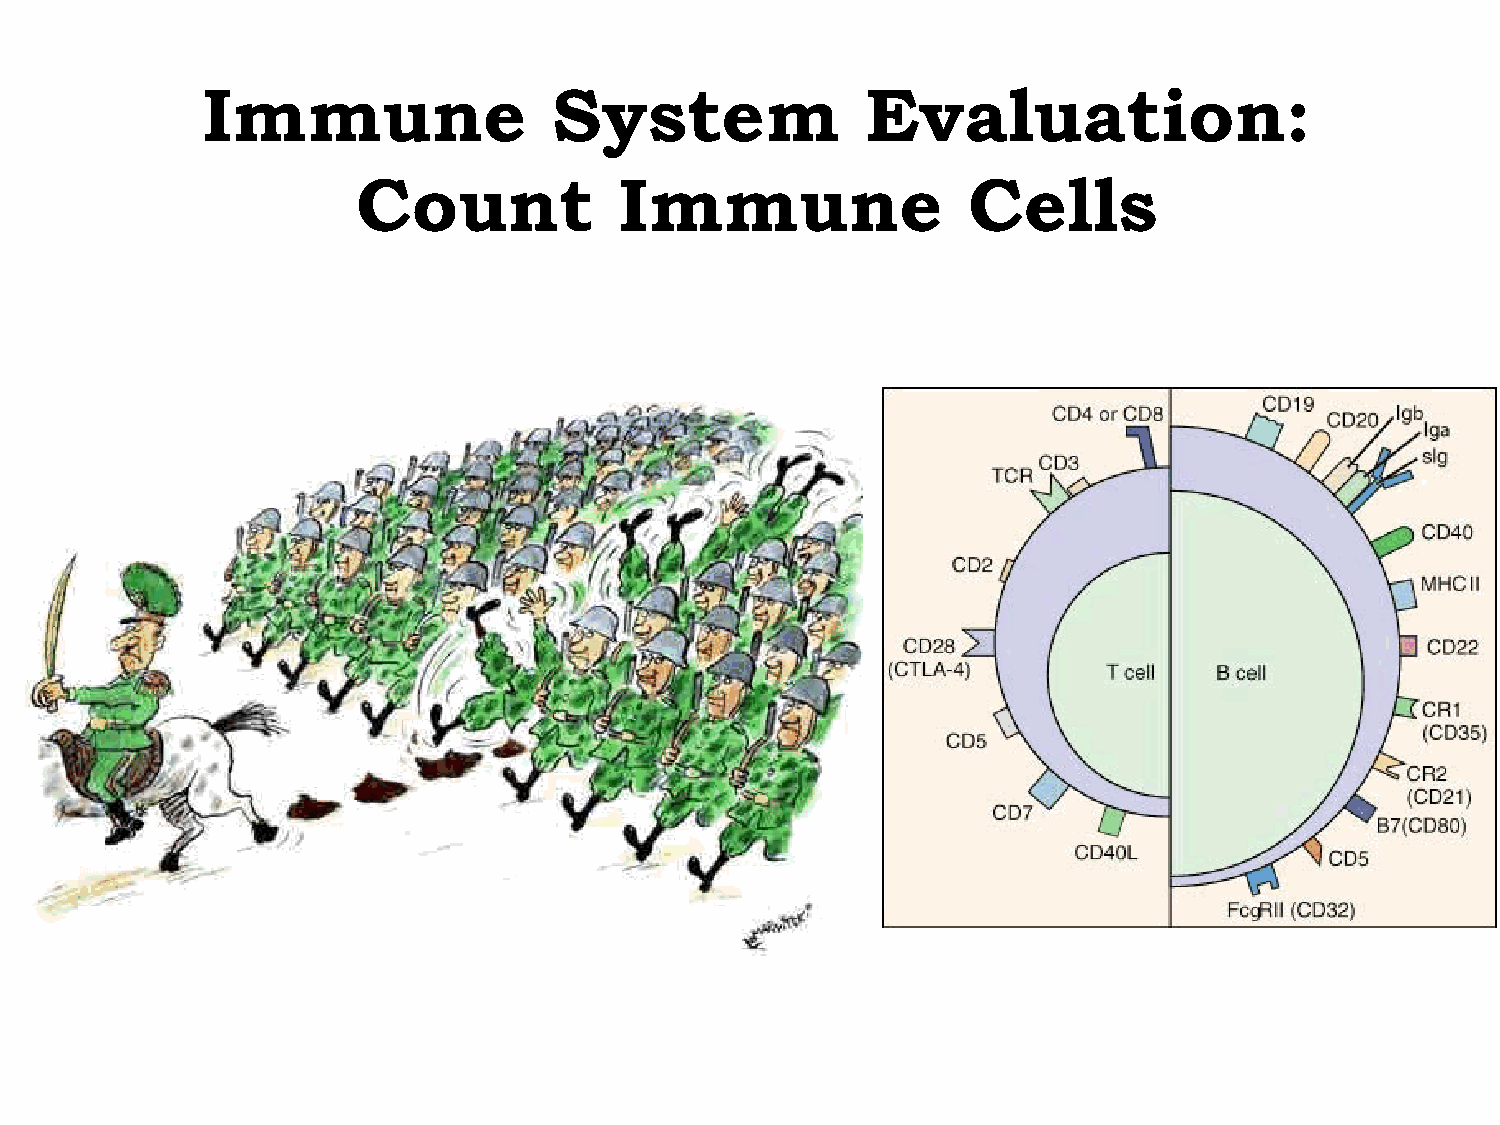
Immune                  System              Evaluation:
 Count            Immune                 Cells